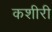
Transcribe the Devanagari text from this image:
कशीरी